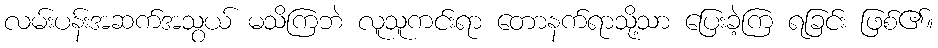
လမ်းပန်းအဆက်အသွယ် မသိကြဘဲ လူသူကင်းရာ တောနက်ရာသို့သာ ပြေးခဲ့ကြ ရခြင်း ဖြစ်၏။